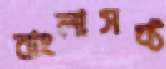
বাংলাসফ্ট